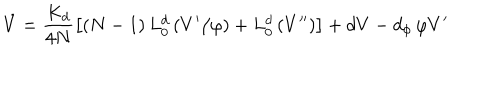
LaTeX: \dot { V } = \frac { K _ { d } } { 4 N } \left[ \left( N - 1 \right) L _ { 0 } ^ { d } \left( V ^ { \prime } / \varphi \right) + L _ { 0 } ^ { d } \left( V ^ { \prime \prime } \right) \right] + d V - d _ { \phi } \, \varphi V ^ { \prime }